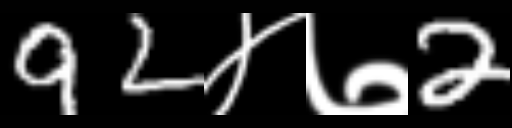
Text: 92४७2